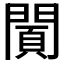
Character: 𨵪